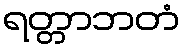
ရတ္တာဘတံ